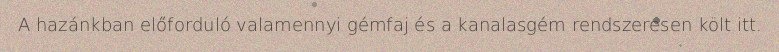
A hazánkban előforduló valamennyi gémfaj és a kanalasgém rendszeresen költ itt.